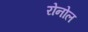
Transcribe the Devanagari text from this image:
रोनोल